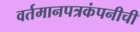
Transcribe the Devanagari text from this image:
वर्तमानपत्रकंपनीची